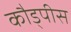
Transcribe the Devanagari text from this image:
कौड्पीस